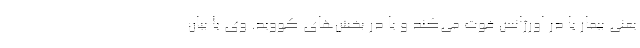
یعنی بیمار یا در اورژانس فوت می‌کند و یا در بخش‌های کووید. وی با بیان